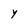
Character: Y